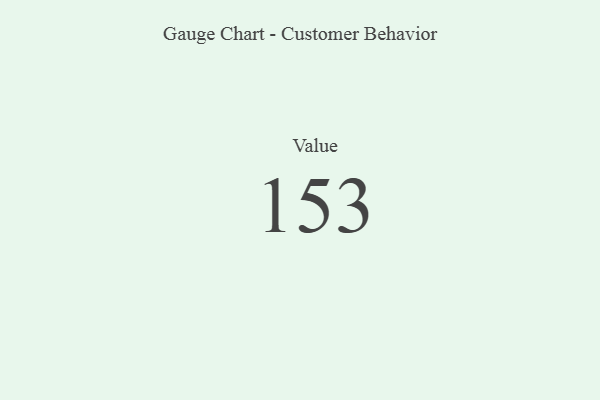
{"axis": {"x": "Metric", "y": "Value"}, "legend": [""], "data": [{"x": "Value", "y": 153, "type": ""}]}